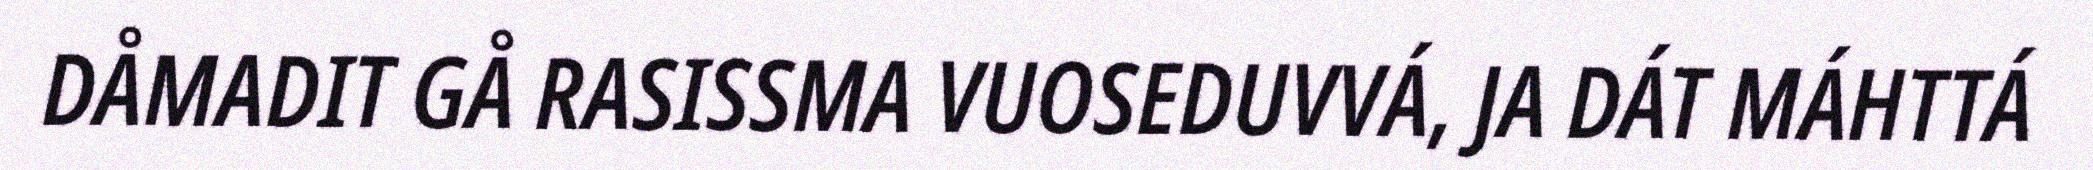
DÅMADIT GÅ RASISSMA VUOSEDUVVÁ, JA DÁT MÁHTTÁ